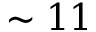
\sim 1 1